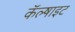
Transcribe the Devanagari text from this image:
कॅल्षाइट